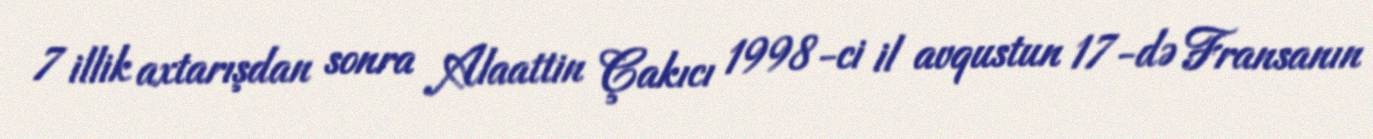
7 illik axtarışdan sonra Alaattin Çakıcı 1998-ci il avqustun 17-də Fransanın